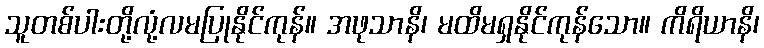
သူတစ်ပါးတို့လုံ့လမပြုနိုင်ကုန်။ အဖုသာနိ၊ မထိမရှနိုင်ကုန်သော။ ကိရိယာနိ၊